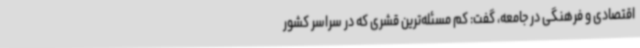
اقتصادی و فرهنگی در جامعه، گفت: کم مسئله‌ترین قشری که در سراسر کشور